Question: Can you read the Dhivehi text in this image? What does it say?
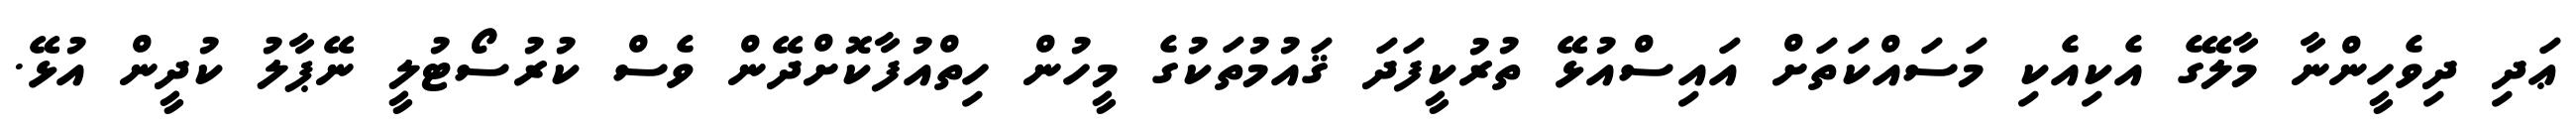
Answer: ޢަދި ދިވެހީންނާ މާލޭގެ އެކިއެކި މަސައްކަތަށް އައިސްއުޅޭ ތުރުކީފަދަ ޤައުމުތަކުގެ މީހުން ހިތްއުފާކޮށްދޭން ވެސް ކުރުސޯޓުލީ ނޭޕާލު ކުދީން އުޅޭ.